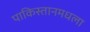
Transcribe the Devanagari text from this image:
पाकिस्तानमधला